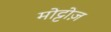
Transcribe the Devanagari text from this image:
मोट्टोज़